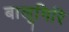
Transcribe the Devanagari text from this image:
बालूगिरि